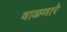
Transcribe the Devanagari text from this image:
वाळणारे